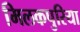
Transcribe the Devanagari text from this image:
मिलकपुरिया